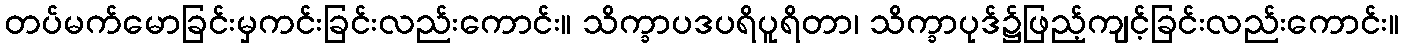
တပ်မက်မောခြင်းမှကင်းခြင်းလည်းကောင်း။ သိက္ခာပဒပရိပူရိတာ၊ သိက္ခာပုဒ်၌ဖြည့်ကျင့်ခြင်းလည်းကောင်း။